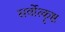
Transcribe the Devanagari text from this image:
सर्वोत्कॄष्ठ